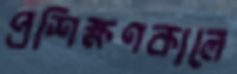
প্রশিক্ষণকালে